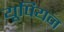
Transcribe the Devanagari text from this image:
यूपियन